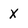
Character: X